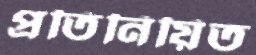
প্রতিনিয়িত